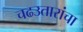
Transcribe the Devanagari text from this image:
चढउतारांचा